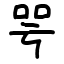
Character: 咢